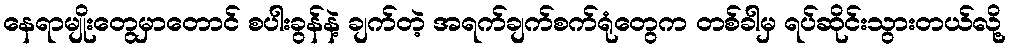
နေရာမျိုးတွေမှာတောင် စပါးခွန်နဲ့ ချက်တဲ့ အရက်ချက်စက်ရုံတွေက တစ်ခါမှ ရပ်ဆိုင်းသွားတယ်လို့